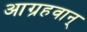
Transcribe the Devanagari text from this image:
आग्रहवान्‌